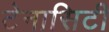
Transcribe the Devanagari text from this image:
टेनासिटी